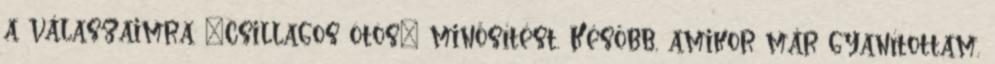
a válaszaimra „csilla­gos ötös" minősítést. Később, amikor már gyanítottam,